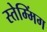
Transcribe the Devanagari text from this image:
स्तेम्मिंग